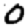
Digit: 0